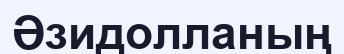
Әзидолланың